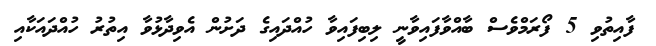
ފާއިތުވި 5 ފޯރަމްވެސް ބާއްވާފައިވާނީ ލިބިފައިވާ ހުއްދައިގެ ދަށުން އެވިދާޅުވާ އިތުރު ހުއްދައަކާއި